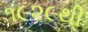
૧૯૨૯થી